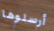
أرسلوها